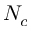
N _ { c }